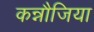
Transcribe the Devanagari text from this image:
कन्नौजिया